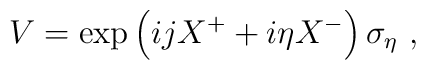
V = \exp \left( i j X^+ + i\eta X^-\right) \sigma_{\eta} ~,